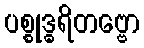
ပစ္စုဒ္ဓရိတဗ္ဗော